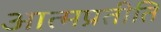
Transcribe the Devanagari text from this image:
आत्मप्रतीति